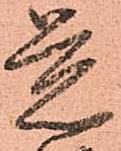
覚